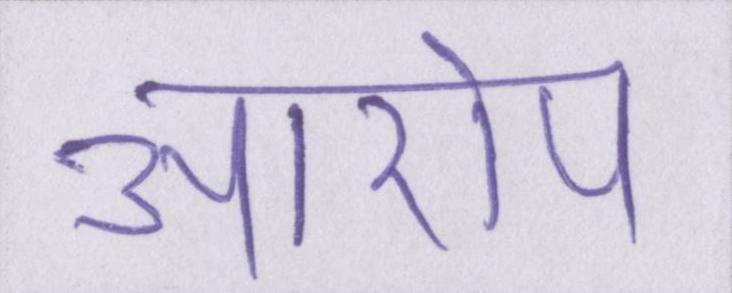
आरोप